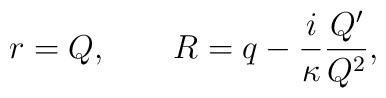
r = Q, \qquad R = q - \frac{i}{\kappa} \frac{Q'}{Q^2},